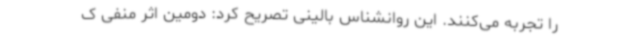
را تجربه می‌کنند. این روانشناس بالینی تصریح کرد: دومین اثر منفی ک